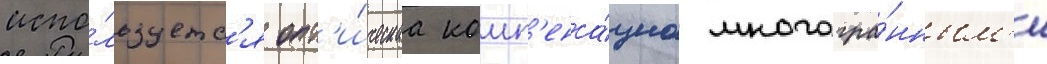
испо́льзуетс'я опт'и́ческаа комп'енса́циа многогра́нным'и